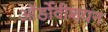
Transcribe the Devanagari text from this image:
ऑर्डोवीशयन